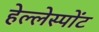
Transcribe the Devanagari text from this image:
हेल्लेस्पोंट